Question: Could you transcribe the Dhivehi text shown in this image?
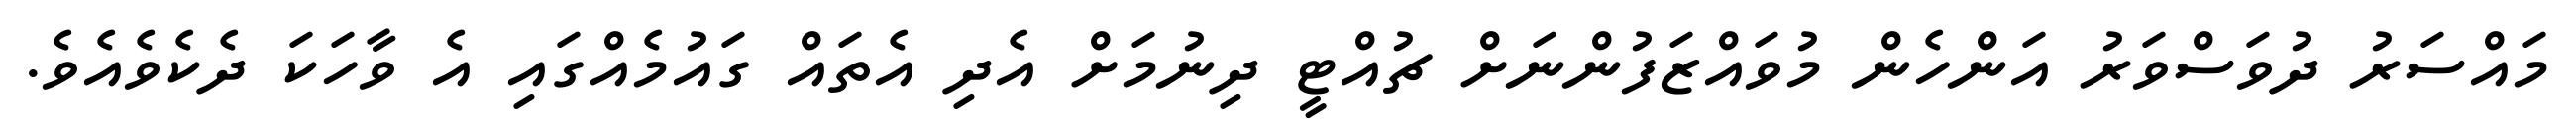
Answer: މައްސަރު ދުވަސްވަރު އަންހެން މުވައްޒަފުންނަށް ޗުއްޓީ ދިނުމަށް އެދި އެތައް ގައުމެއްގައި އެ ވާހަކަ ދެކެވެއެވެ.